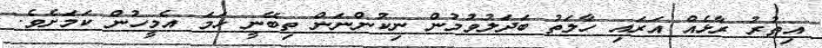
އިތުރު ރާޅެއް އަރައި ހާލަތު ބަދަލުވުމުން ނިކުންނަން ތިބޭނީ ހަމަ އެމީހުން ކަމަށެެވެ.